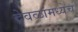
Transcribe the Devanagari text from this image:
देवळांमध्येच